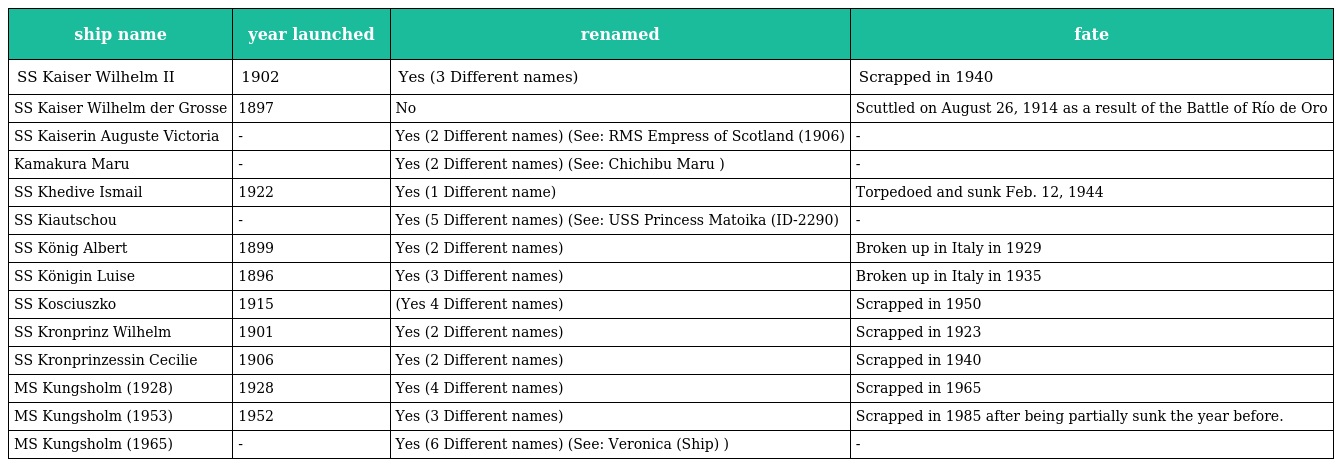
| ship name | year launched | renamed | fate |
 | --- | --- | --- | --- |
 | SS Kaiser Wilhelm II | 1902 | Yes (3 Different names) | Scrapped in 1940 |
 | SS Kaiser Wilhelm der Grosse | 1897 | No | Scuttled on August 26, 1914 as a result of the Battle of Río de Oro |
 | SS Kaiserin Auguste Victoria | - | Yes (2 Different names) (See: RMS Empress of Scotland (1906) | - |
 | Kamakura Maru | - | Yes (2 Different names) (See: Chichibu Maru ) | - |
 | SS Khedive Ismail | 1922 | Yes (1 Different name) | Torpedoed and sunk Feb. 12, 1944 |
 | SS Kiautschou | - | Yes (5 Different names) (See: USS Princess Matoika (ID-2290) | - |
 | SS König Albert | 1899 | Yes (2 Different names) | Broken up in Italy in 1929 |
 | SS Königin Luise | 1896 | Yes (3 Different names) | Broken up in Italy in 1935 |
 | SS Kosciuszko | 1915 | (Yes 4 Different names) | Scrapped in 1950 |
 | SS Kronprinz Wilhelm | 1901 | Yes (2 Different names) | Scrapped in 1923 |
 | SS Kronprinzessin Cecilie | 1906 | Yes (2 Different names) | Scrapped in 1940 |
 | MS Kungsholm (1928) | 1928 | Yes (4 Different names) | Scrapped in 1965 |
 | MS Kungsholm (1953) | 1952 | Yes (3 Different names) | Scrapped in 1985 after being partially sunk the year before. |
 | MS Kungsholm (1965) | - | Yes (6 Different names) (See: Veronica (Ship) ) | - |